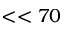
< < 7 0